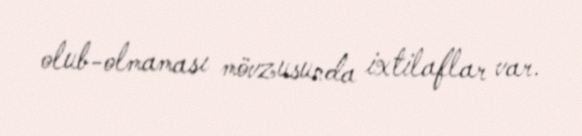
olub-olmaması mövzusunda ixtilaflar var.